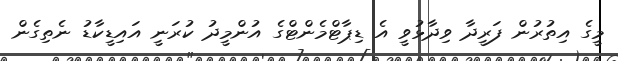
މީގެ އިތުރުން ފަރީދާ ވިދާޅުވީ އެ ޑިޕާޓްމެންޓްގެ އުންމީދު ކުރަނީ އައިޑީކާޑު ނެތިގެން